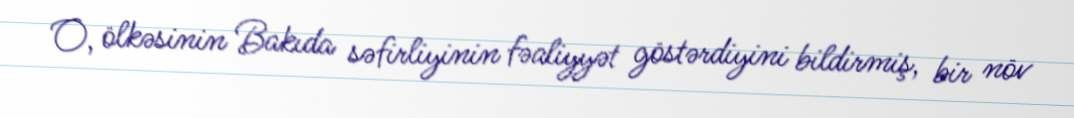
O, ölkəsinin Bakıda səfirliyinin fəaliyyət göstərdiyini bildirmiş, bir növ